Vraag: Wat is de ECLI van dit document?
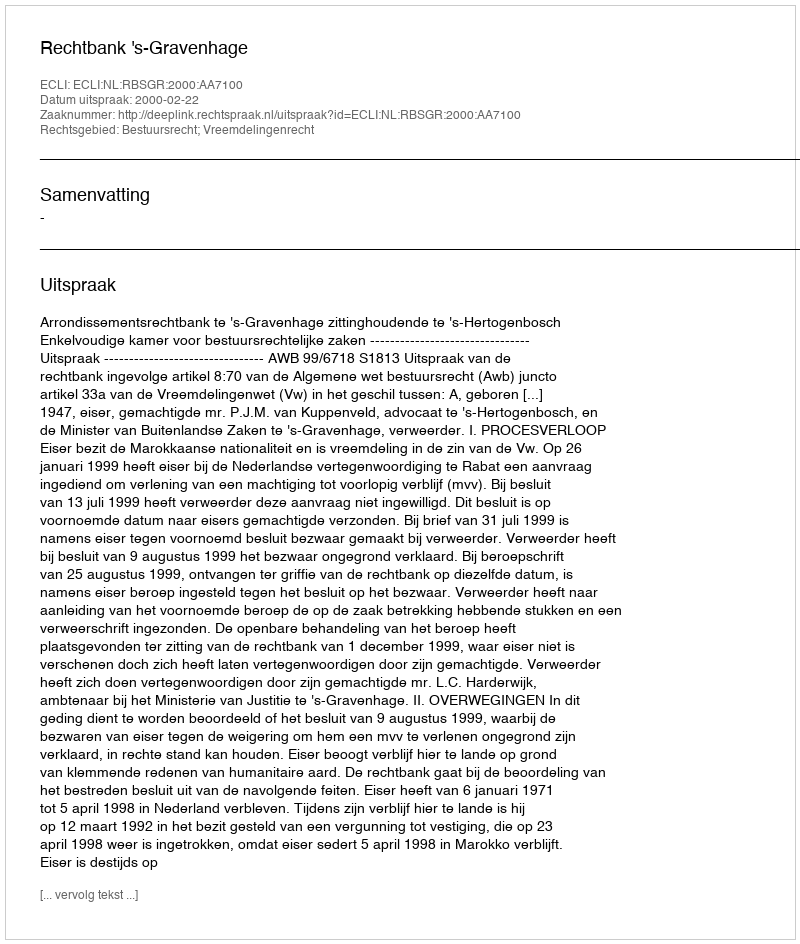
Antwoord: ECLI:NL:RBSGR:2000:AA7100